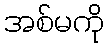
အစ်မကို